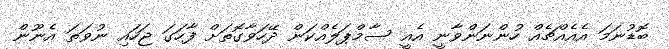
ބޮޑުނަމަ އެއެއްޗެއް ހުންނަންވާނީ އެއީ ސާމްޕަލެއްކަން ދޭހަވާގޮތަށް ފާހަގަ ޖަހައި ނުވަތަ އެނޫން